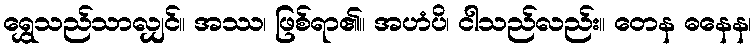
ရွှေသည်သာလျှင်။ အဿ၊ ဖြစ်ရာ၏။ အဟံပိ၊ ငါသည်လည်း။ တေန ဓနေန၊